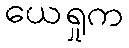
ယေရှုက